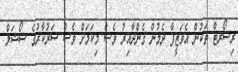
ރިސޯރޓް ތަކުން އެވަޒީފާ ދެމުން ގެންދާއިރު ވެސް މިކަމަށް ވެސް ސަރުކާރުގެ ސޯޝަލް